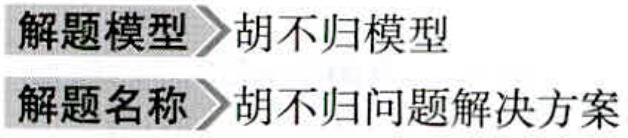
解题模型 胡不归模型

解题名称 胡不归问题解决方案